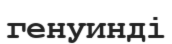
генуинді